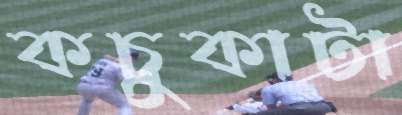
কচুকাটা